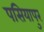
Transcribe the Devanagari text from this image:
पसियापुर